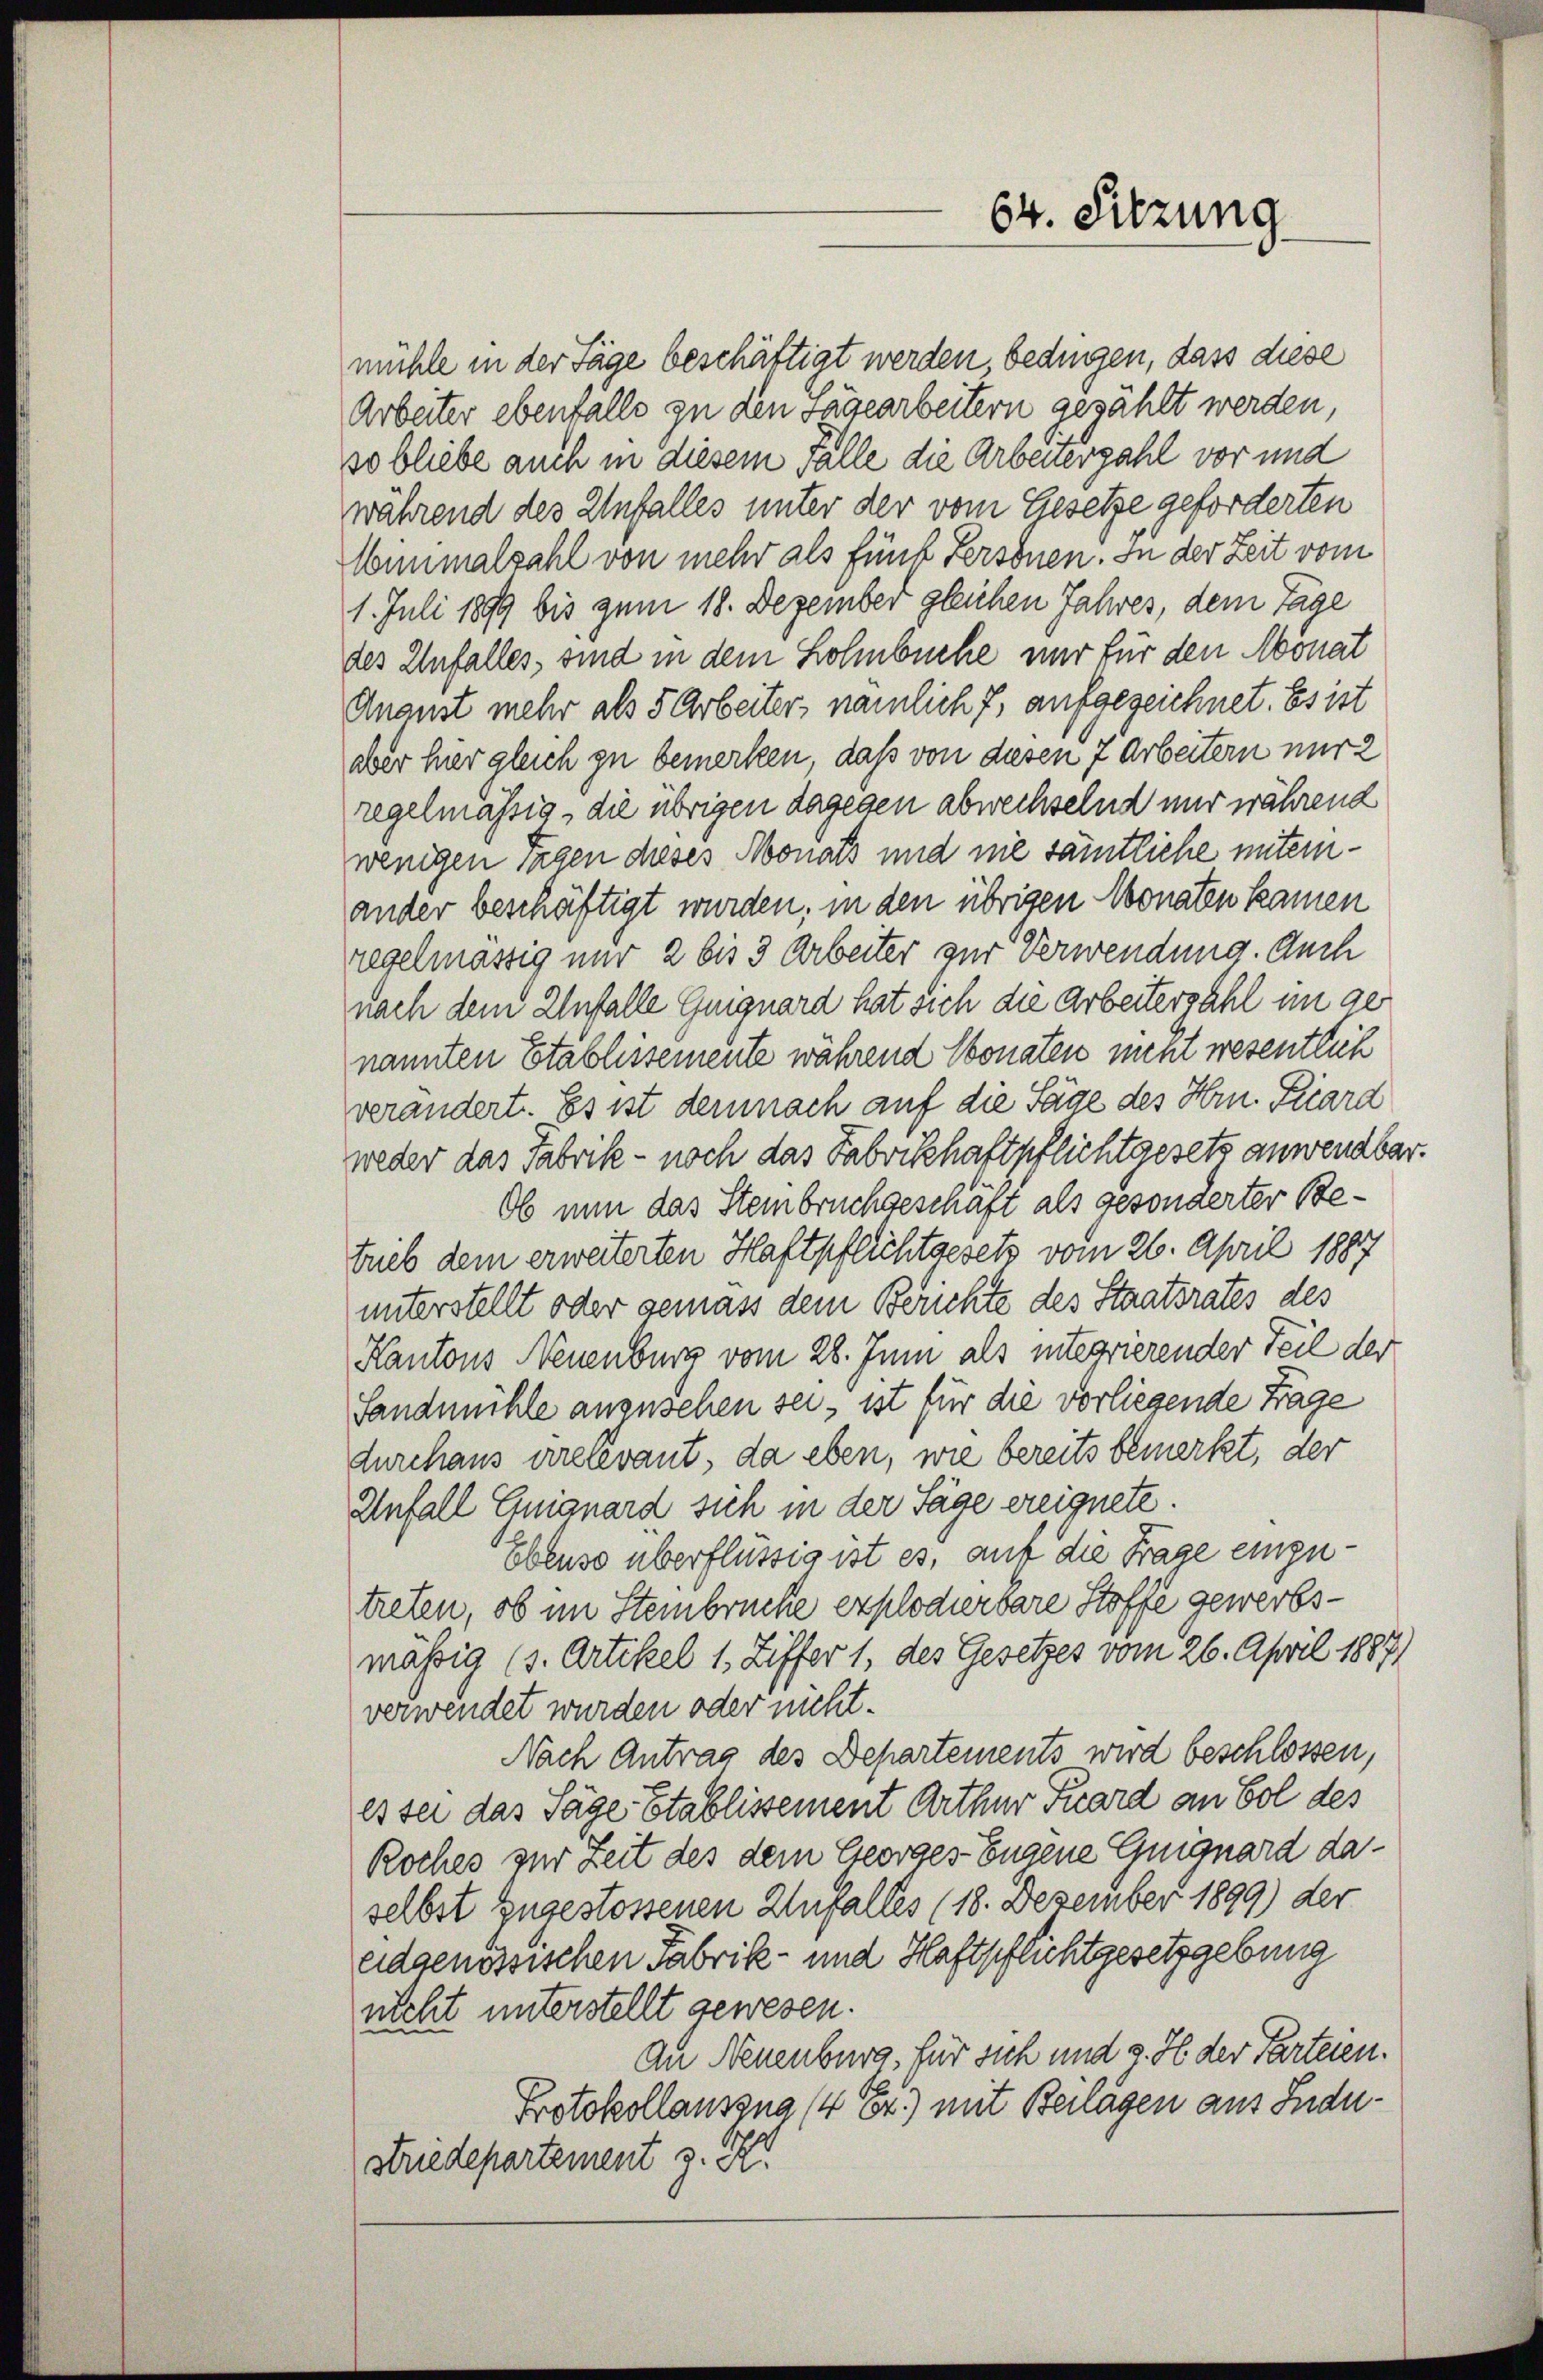
64. Sitzung

mühle in der Tage beschäftigt werden bedingen, dass diese
Arbeiter ebenfalls zu den sagearbeitern gezählt werden,
so bliebe auch in diesem Falle die Arbeiterzahl vor und
während des Unfalles unter der vom Gesetze geforderten
lnnmalzahl von mehr als Funk Fersonen. In der Zeit vom
1. Juli 1899 bis zum 18. Dezember gleichen Jahres, dem Tage
des Unfalles, sind in dem Lohnbüche nur für den Monat
Ananst mehr als 5 Arbeiter, nämlich f, aufgezeichnet. Es ist
aber hier gleich zu bemerken, daß von diesen 7 Arbeitern nur 2
regelmässig, die übrigen dagegen abwechselnd nur während
wenigen Tagen dieses Monats und nie sämtliche miteinander beschäftigt wurden, in den übrigen Monaten kamen
regelmässig nur 2 bis 3 Arbeiter zur Verwendung. Auch
nach dem Unfalle Guiguard hat sich die Arbeiterzahl im genannten Etablissemente während Monaten nicht wesentlich
verändert. Es ist demnach auf die Säge des Hrn. Fiard
weder das Fabrik - noch das Fabrikhaftpflichtgesetz anwendbar.
Ob nun das Steinbruchgeschaft als gesonderter Betrieb dem erweiterten Haftpflichtgesetz vom 26. April 1887
unterstellt oder gemäss dem Berichte des Staatsrates des
Kantons Neuenburg vom 28. Juni als integrierender Teil der
Landmühle anzusehen sei, ist für die vorliegende Frage
durchaus irrelevant, da eben, wie bereits bemerkt, der
Unfall Guignard sich in der Säge ereignete.
Ebenso überflüssig ist es, auf die Frage einzutreten, ob im Steinbrücke explodierbare Stoffe gewerbsmässig (s. Artikel 1, Ziffer 1, des Gesetzes vom 26. April 18871
verwendet wurden oder nicht.
Nach Antrag des Departements wird beschlossen,
es sei das Säge Etablissement Arthur Fuard an Sol des
Roches zur Zeit des dem Georges Eugene Guignard daselbst zugestossenen Unfalles (18. Dezember 1899) der
eidgenössischen Fabrik- und Haftpflichtgesetzgebung
nicht unterstellt gewesen.
Au Neuenburg für sich und s. H. der Parteien.
Protokollauszug (4 Er.) mit Beilagen aus Industriedepartement z. K.